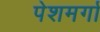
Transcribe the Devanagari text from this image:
पेशमर्गा